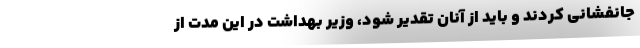
جانفشانی کردند و باید از آنان تقدیر شود، وزیر بهداشت در این مدت از